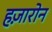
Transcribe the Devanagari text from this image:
हज़ारोन